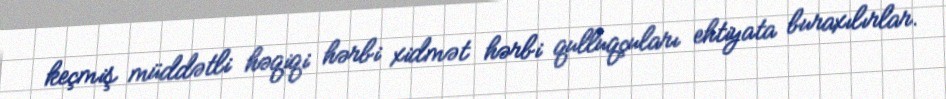
keçmiş müddətli həqiqi hərbi xidmət hərbi qulluqçuları ehtiyata buraxılırlar.